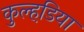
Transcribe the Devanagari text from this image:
कुल्हडि़या